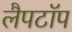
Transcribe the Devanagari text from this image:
लैपटाॅप